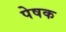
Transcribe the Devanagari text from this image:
पेषक